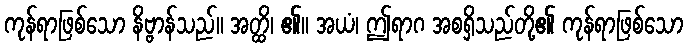
ကုန်ရာဖြစ်သော နိဗ္ဗာန်သည်။ အတ္ထိ၊ ၏။ အယံ၊ ဤရာဂ အစရှိသည်တို့၏ ကုန်ရာဖြစ်သော